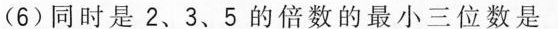
(6)同时是2、3、5的倍数的最小三位数是